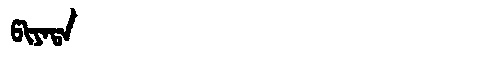
Manchu: ᡦᡳᠶᠠᡨᠠ
Romanization: PIYATA